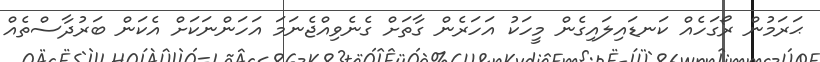
ޙަރަމުން ރޯގަހެއް ކަނޑައިލައިގެން މީހަކު އަހަރެން ގާތަށް ގެނެވިއްޖެނަމަ އަހަންނަކަށް އެކަން ބަރުދާސްތެއް